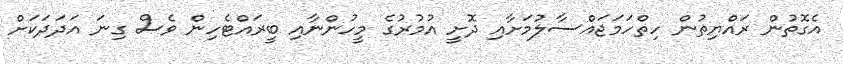
އެގޮތުން ރައްޔިތުން ހިތްހަމަޖައްސާލުމަށާއި ދޮށީ އުމުރުގެ މީހުންނާއި ބީރައްޓެހިން ވެސް ގިނަ އަދަދަކަށް